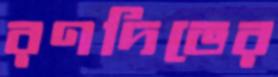
রণদিভের